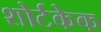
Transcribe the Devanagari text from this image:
शोर्टकेक